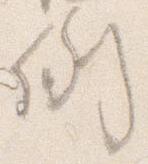
例